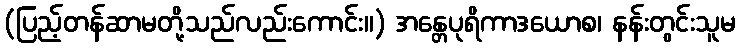
(ပြည့်တန်ဆာမတို့သည်လည်းကောင်း။) အန္တေပုရိကာဒယောစ၊ နန်းတွင်းသူမ